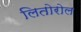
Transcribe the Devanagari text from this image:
लितोरोल